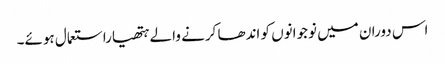
اس دوران میں نوجوانوں کو اندھا کرنے والے ہتھیاراستعمال ہوئے۔